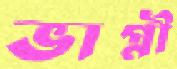
ভাগ্নী